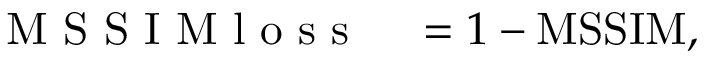
\begin{array} { r l } { \mathrm { ~ M ~ S ~ S ~ I ~ M ~ l ~ o ~ s ~ s ~ } } & { { } = 1 - \mathrm { M S S I M } , } \end{array}